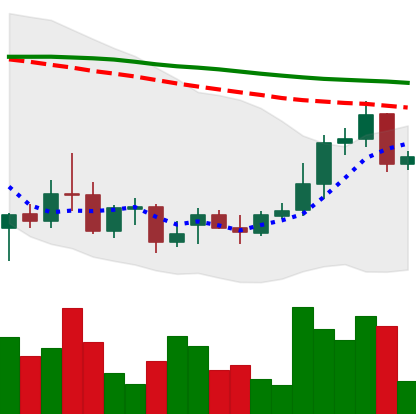
Ticker: XRP-USD
Chart end date: 2021-12-25
Forward return: -9.209%
Label: down_7plus